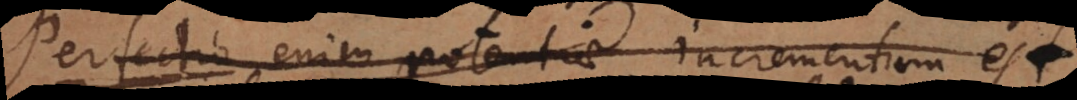
Perfectio enim potentiae incrementum est.